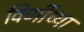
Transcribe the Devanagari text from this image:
विणींच्या